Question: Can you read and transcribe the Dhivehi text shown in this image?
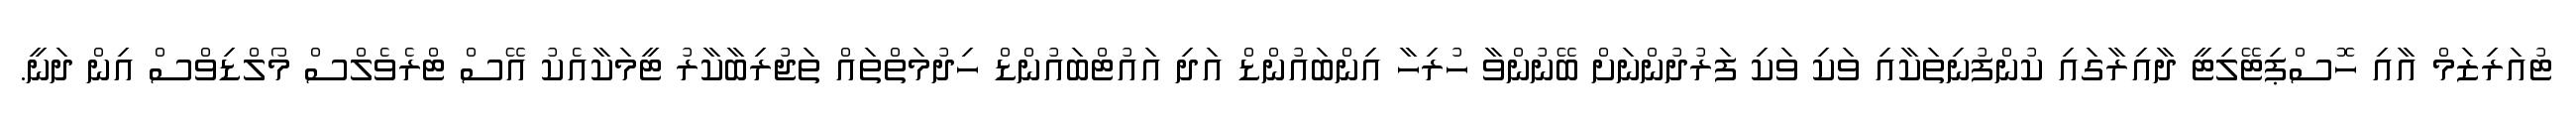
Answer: ޓުއަރިޒަމް އާއި ހޮސްޕިޓޭލިޓީ ދާއިރާގައި ކުންފުނިތަކާއި ވަކި ވަކި ފަރުދުންނަށް ބޭނުންވާ ހުރިހާ އިންބައުންޑް އަދި އައުޓްބައުންޑް ހިދުމަތްތައް ތަޖުރިބާކާރު ޓީމަކާއެކު އޭސް ޓްރެވެލްސް މޯލްޑިވްސް އިން ދަނީ.